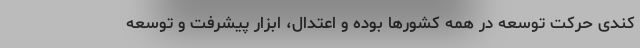
کندی حرکت توسعه در همه کشورها بوده و اعتدال، ابزار پیشرفت و توسعه